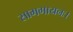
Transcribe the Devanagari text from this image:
सामगायनः।